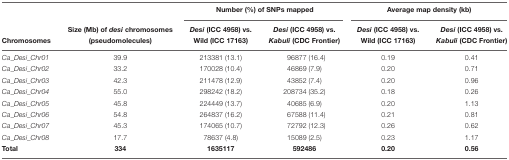
<table><thead><tr><td></td><td></td><td colspan="2"><b>Number (%) of SNPs mapped</b></td><td colspan="2"><b>Average map density (kb)</b></td></tr><tr><td></td><td><b>Size (Mb) of <i>desi</i> chromosomes</b></td><td><b><i>Desi</i> (ICC 4958) vs.</b></td><td><b><i>Desi</i> (ICC 4958) vs.</b></td><td><b><i>Desi</i> (ICC 4958) vs.</b></td><td><b><i>Desi</i> (ICC 4958) vs.</b></td></tr><tr><td><b>Chromosomes</b></td><td><b>(pseudomolecules)</b></td><td><b>Wild (ICC 17163)</b></td><td><b><i>Kabuli</i> (CDC Frontier)</b></td><td><b>Wild (ICC 17163)</b></td><td><b><i>Kabuli</i> (CDC Frontier)</b></td></tr></thead><tbody><tr><td><i>Ca_Desi_Chr01</i></td><td>39.9</td><td>213381 (13.1)</td><td>96877 (16.4)</td><td>0.19</td><td>0.41</td></tr><tr><td><i>Ca_Desi_Chr02</i></td><td>33.2</td><td>170028 (10.4)</td><td>46869 (7.9)</td><td>0.20</td><td>0.71</td></tr><tr><td><i>Ca_Desi_Chr03</i></td><td>42.3</td><td>211478 (12.9)</td><td>43852 (7.4)</td><td>0.20</td><td>0.96</td></tr><tr><td><i>Ca_Desi_Chr04</i></td><td>55.0</td><td>298242 (18.2)</td><td>208734 (35.2)</td><td>0.18</td><td>0.26</td></tr><tr><td><i>Ca_Desi_Chr05</i></td><td>45.8</td><td>224449 (13.7)</td><td>40685 (6.9)</td><td>0.20</td><td>1.13</td></tr><tr><td><i>Ca_Desi_Chr06</i></td><td>54.8</td><td>264837 (16.2)</td><td>67588 (11.4)</td><td>0.21</td><td>0.81</td></tr><tr><td><i>Ca_Desi_Chr07</i></td><td>45.3</td><td>174065 (10.7)</td><td>72792 (12.3)</td><td>0.26</td><td>0.62</td></tr><tr><td><i>Ca_Desi_Chr08</i></td><td>17.7</td><td>78637 (4.8)</td><td>15089 (2.5)</td><td>0.23</td><td>1.17</td></tr><tr><td><b>Total</b></td><td><b>334</b></td><td><b>1635117</b></td><td><b>592486</b></td><td><b>0.20</b></td><td><b>0.56</b></td></tr></tbody></table>